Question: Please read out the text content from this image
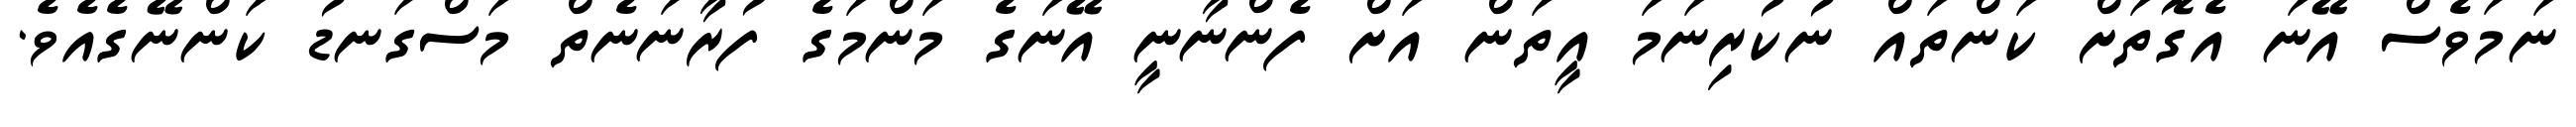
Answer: ނަމަވެސް އޭނަ އެގޮތަށް ކަންތައް ނުކުރިނަމަ އީތަން އަށް ފެންނާނީ އޭނަގެ މަންމަގެ ފުރާނަނެތް މަސްގަނޑު ކަންނޭގެއެވެ.